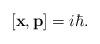
LaTeX: \begin{align*}\left[\textbf{x},\textbf{p}\right]=i\hbar.\end{align*}